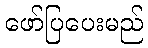
ဖော်ပြပေးမည်